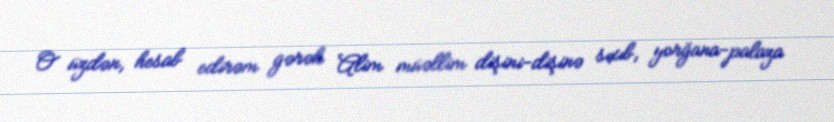
O üzdən, hesab edirəm gərək Alim müəllim dişini-dişinə sıxıb, yorğana-palaza